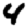
Digit: 4